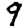
Digit: 9